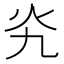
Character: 㶢